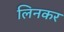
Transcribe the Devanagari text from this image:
लिनकर